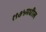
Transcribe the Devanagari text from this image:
१९७५मधील